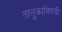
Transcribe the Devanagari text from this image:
तालुकाविषयी